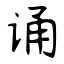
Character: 诵